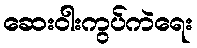
ဆေးဝါးကွပ်ကဲရေး